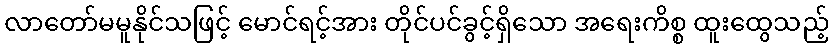
လာတော်မမူနိုင်သဖြင့် မောင်ရင့်အား တိုင်ပင်ခွင့်ရှိသော အရေးကိစ္စ ထူးထွေသည့်